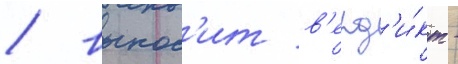
/ вынос'ит в'ерд'и́кт -